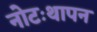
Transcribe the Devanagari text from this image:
नोटःथापन